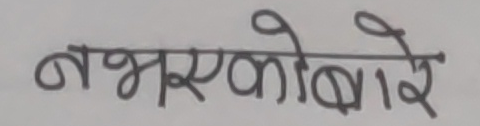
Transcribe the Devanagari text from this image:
नभएकोबारे